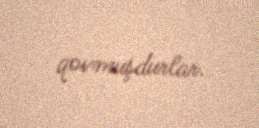
qovmuşdurlar.